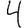
Digit: 4